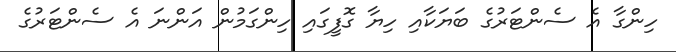
ހިންގާ އެ ސެންޓަރުގެ ބަޔަކާއި ހިޔާ ގޮފީގައި ހިންގަމުން އަންނަ އެ ސެންޓަރުގެ